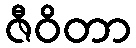
ဇီဝိတာ